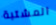
المشتبة